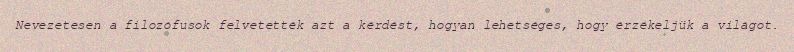
Nevezetesen a filozófusok felvetették azt a kérdést, hogyan lehetséges, hogy érzékeljük a világot.